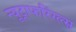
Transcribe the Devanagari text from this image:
न्यूट्राफरिंग्ल्स